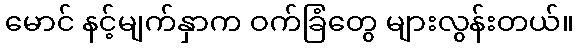
မောင် နင့်မျက်နှာက ဝက်ခြံတွေ များလွန်းတယ်။